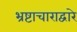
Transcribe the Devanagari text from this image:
भ्रष्टाचाराद्वारे